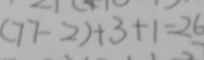
( 7 7 - 2 ) + 3 + 1 = 2 6